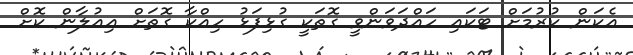
އެކަން ކުރުމަށް ޓަކައި ހައްދަވަންވީ ގޮތަކީ ގުޅިފަޅު ހިއްކާ ގޮތަށް އިއުލާން ކޮށް